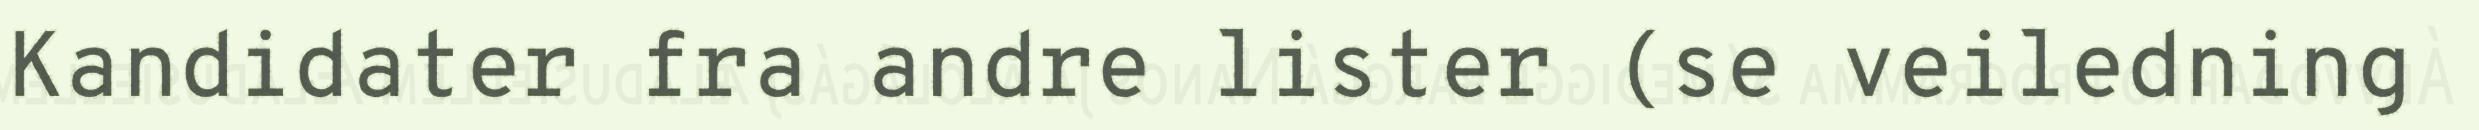
Kandidater fra andre lister (se veiledning